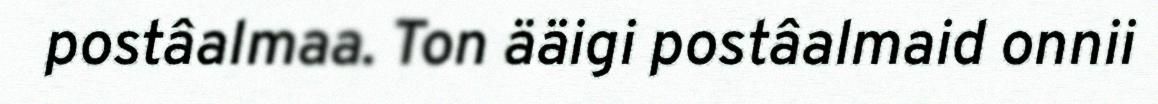
postâalmaa. Ton ääigi postâalmaid onnii